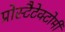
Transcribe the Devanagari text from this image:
प्रोस्टैटेक्टोमी